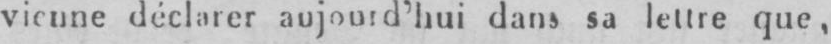
vienne déclarer aujourd’hui dans sa lettre que,